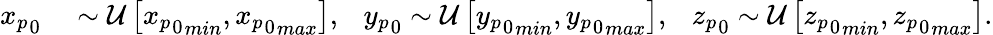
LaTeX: \begin{array}{rl}{{x_{p}}_{0}}&{{}\sim\mathcal{U}\left[{{x_{p}}_{0}}_{min},{{x_{p}}_{0}}_{max}\right],\ \ \ {y_{p}}_{0}\sim\mathcal{U}\left[{{y_{p}}_{0}}_{min},{{y_{p}}_{0}}_{max}\right],\ \ \ {z_{p}}_{0}\sim\mathcal{U}\left[{{z_{p}}_{0}}_{min},{{z_{p}}_{0}}_{max}\right].}\end{array}